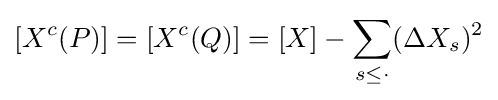
[X^{c}(P)]=[X^{c}(Q)]=[X]-\sum _{s\leq \cdot }(\Delta X_{s})^{2}